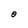
Character: 0